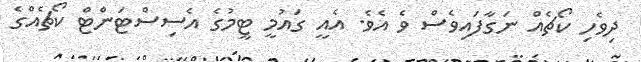
ދިވެހި ކޯޗެއް ނަގާފައިވެސް ވެ އެވެ. އެއީ ގައުމީ ޓީމުގެ އެސިސްޓަންޓް ކޯޗެއްގެ